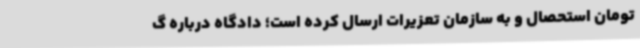
تومان استحصال و به سازمان تعزیرات ارسال کرده است؛ دادگاه درباره گ